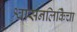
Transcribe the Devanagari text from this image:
श्वासनलिकिेचा